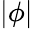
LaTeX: |\phi|